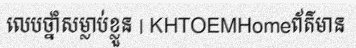
លេបថ្នាំសម្លាប់ខ្លួន | KHTOEMHomeព័ត៌មាន